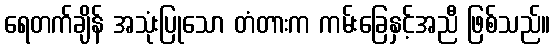
ရေတက်ချိန် အသုံးပြုသော တံတားက ကမ်းခြေနှင့်အညီ ဖြစ်သည်။